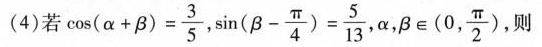
(4)若$$\cos ( α + β ) = \frac { 3 } { 5 }$$ ，$$\sin ( β - \frac { π } { 4 } ) = \frac { 5 } { 1 3 }$$ ， β \in(0, \frac{π}{2})，则